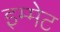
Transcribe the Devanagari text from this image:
इम्मेट